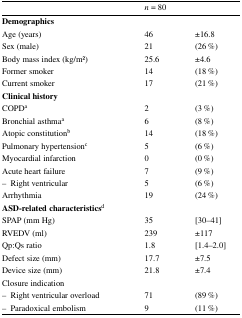
|  | <COLSPAN=2> n = 80 |
 | --- | --- | --- |
 | <COLSPAN=3> Demographics |
 | Age (years) | 46 | ±16.8 |
 | Sex (male) | 21 | (26 %) |
 | Body mass index (kg/m2) | 25.6 | ±4.6 |
 | Former smoker | 14 | (18 %) |
 | Current smoker | 17 | (21 %) |
 | <COLSPAN=3> Clinical history |
 | COPDa | 2 | (3 %) |
 | Bronchial asthmaa | 6 | (8 %) |
 | Atopic constitutionb | 14 | (18 %) |
 | Pulmonary hypertensionc | 5 | (6 %) |
 | Myocardial infarction | 0 | (0 %) |
 | Acute heart failure | 7 | (9 %) |
 | – Right ventricular | 5 | (6 %) |
 | Arrhythmia | 19 | (24 %) |
 | <COLSPAN=3> ASD-related characteristicsd |
 | SPAP (mm Hg) | 35 | [30–41] |
 | RVEDV (ml) | 239 | ±117 |
 | Qp:Qs ratio | 1.8 | [1.4–2.0] |
 | Defect size (mm) | 17.7 | ±7.5 |
 | Device size (mm) | 21.8 | ±7.4 |
 | <COLSPAN=3> Closure indication |
 | – Right ventricular overload | 71 | (89 %) |
 | – Paradoxical embolism | 9 | (11 %) |